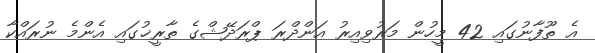
އެ ތޫފާނުގައި 42 މީހުން މަރުވިއިރު އަންދްރަ ޕްރަދޭޝްގެ ތާރީޚުގައި އެންމެ ނުރައްކާ